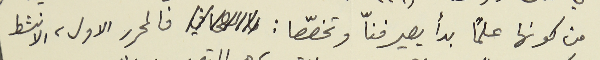
من كونها علماً بدأ يصير فنّا وتخصّصا:                              فالمحرر الاول، الانشط